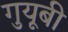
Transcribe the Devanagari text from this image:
गुयूबी